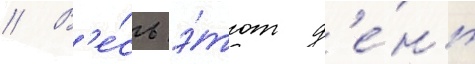
// В'е́сь э́тот д'е́нь